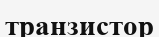
транзистор